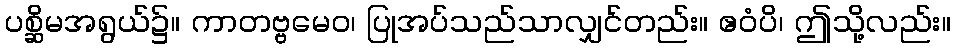
ပစ္ဆိမအရွယ်၌။ ကာတဗ္ဗမေဝ၊ ပြုအပ်သည်သာလျှင်တည်း။ ဧဝံပိ၊ ဤသို့လည်း။